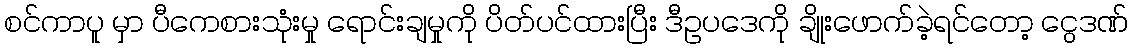
စင်ကာပူ မှာ ပီကေစားသုံးမှု ရောင်းချမှုကို ပိတ်ပင်ထားပြီး ဒီဥပဒေကို ချိုးဖောက်ခဲ့ရင်တော့ ငွေဒဏ်